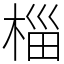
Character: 椔